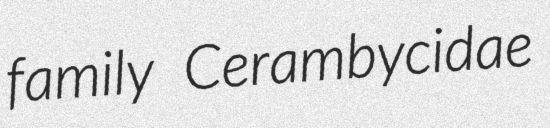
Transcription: family Cerambycidae